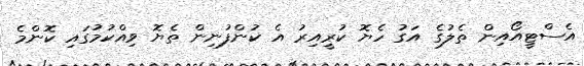
އެސްޓީއޯއިން ތެލުގެ އަގު ހެޔޮ ކުރީއިރު އެ ކުންފުނިން ތެޔޮ ވިއްކުމުގައި ކޮންމެ